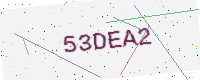
Text: 53DEA2